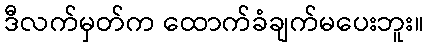
ဒီလက်မှတ်က ထောက်ခံချက်မပေးဘူး။